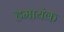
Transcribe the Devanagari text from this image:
हमायंक